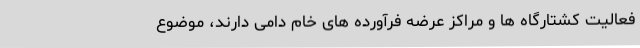
فعالیت کشتارگاه ها و مراکز عرضه فرآورده های خام دامی دارند، موضوع